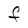
Character: F